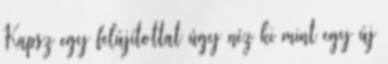
Kapsz egy felújítottat úgy néz ki mint egy új